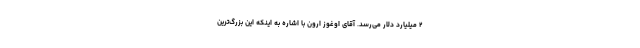
۲ میلیارد دلار می‌رسد. آقای اوغوز ارون با اشاره به اینکه این بزرگ‌ترین